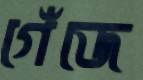
গেঁজে